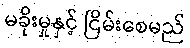
မခိုးမှုနှင့် ငြိမ်းစေမည်